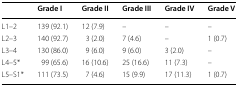
<table><thead><tr><td></td><td><b>Grade I</b></td><td><b>Grade II</b></td><td><b>Grade III</b></td><td><b>Grade IV</b></td><td><b>Grade V</b></td></tr></thead><tbody><tr><td>L1–2</td><td>139 (92.1)</td><td>12 (7.9)</td><td>–</td><td>–</td><td>–</td></tr><tr><td>L2–3</td><td>140 (92.7)</td><td>3 (2.0)</td><td>7 (4.6)</td><td>–</td><td>1 (0.7)</td></tr><tr><td>L3–4</td><td>130 (86.0)</td><td>9 (6.0)</td><td>9 (6.0)</td><td>3 (2.0)</td><td>–</td></tr><tr><td>L4–5*</td><td>99 (65.6)</td><td>16 (10.6)</td><td>25 (16.6)</td><td>11 (7.3)</td><td>–</td></tr><tr><td>L5–S1*</td><td>111 (73.5)</td><td>7 (4.6)</td><td>15 (9.9)</td><td>17 (11.3)</td><td>1 (0.7)</td></tr></tbody></table>